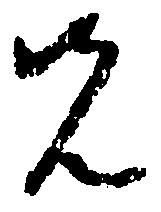
先